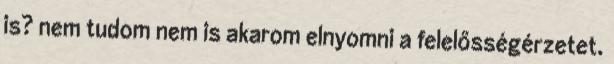
is? nem tudom nem is akarom elnyomni a felelősségérzetet.